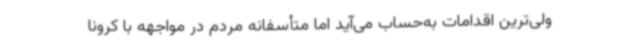
ولی‌ترین اقدامات به‌حساب می‌آید اما متأسفانه مردم در مواجهه با کرونا